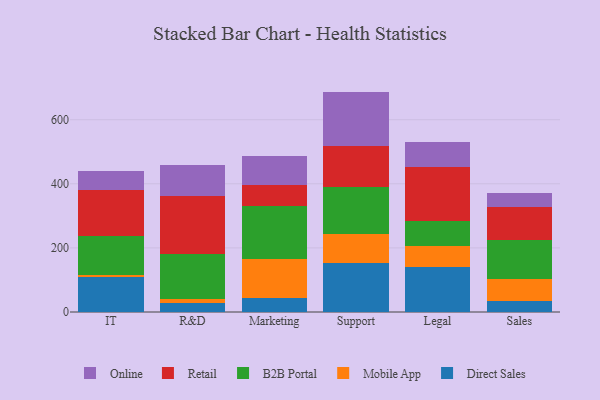
{"axis": {"x": "Department", "y": "Market Share (%)"}, "legend": ["B2B Portal", "Direct Sales", "Mobile App", "Online", "Retail"], "data": [{"x": "IT", "y": 110.7, "type": "Direct Sales"}, {"x": "IT", "y": 6.1, "type": "Mobile App"}, {"x": "IT", "y": 119.0, "type": "B2B Portal"}, {"x": "IT", "y": 145.6, "type": "Retail"}, {"x": "IT", "y": 57.5, "type": "Online"}, {"x": "R&D", "y": 28.6, "type": "Direct Sales"}, {"x": "R&D", "y": 13.1, "type": "Mobile App"}, {"x": "R&D", "y": 140.3, "type": "B2B Portal"}, {"x": "R&D", "y": 179.4, "type": "Retail"}, {"x": "R&D", "y": 96.0, "type": "Online"}, {"x": "Marketing", "y": 44.1, "type": "Direct Sales"}, {"x": "Marketing", "y": 121.2, "type": "Mobile App"}, {"x": "Marketing", "y": 165.0, "type": "B2B Portal"}, {"x": "Marketing", "y": 66.0, "type": "Retail"}, {"x": "Marketing", "y": 91.3, "type": "Online"}, {"x": "Support", "y": 152.3, "type": "Direct Sales"}, {"x": "Support", "y": 91.8, "type": "Mobile App"}, {"x": "Support", "y": 147.4, "type": "B2B Portal"}, {"x": "Support", "y": 125.4, "type": "Retail"}, {"x": "Support", "y": 170.8, "type": "Online"}, {"x": "Legal", "y": 140.2, "type": "Direct Sales"}, {"x": "Legal", "y": 64.9, "type": "Mobile App"}, {"x": "Legal", "y": 78.6, "type": "B2B Portal"}, {"x": "Legal", "y": 168.2, "type": "Retail"}, {"x": "Legal", "y": 77.9, "type": "Online"}, {"x": "Sales", "y": 33.5, "type": "Direct Sales"}, {"x": "Sales", "y": 68.8, "type": "Mobile App"}, {"x": "Sales", "y": 122.2, "type": "B2B Portal"}, {"x": "Sales", "y": 101.7, "type": "Retail"}, {"x": "Sales", "y": 46.2, "type": "Online"}]}